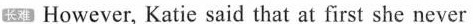
长难 However, Katie said that at first she never ( )5.What's the best title for the passage?